Annual returns of the Patna Lunatic Asylum at Bankipore in Bihar and Orissa - 1912-1924
Year: 1912
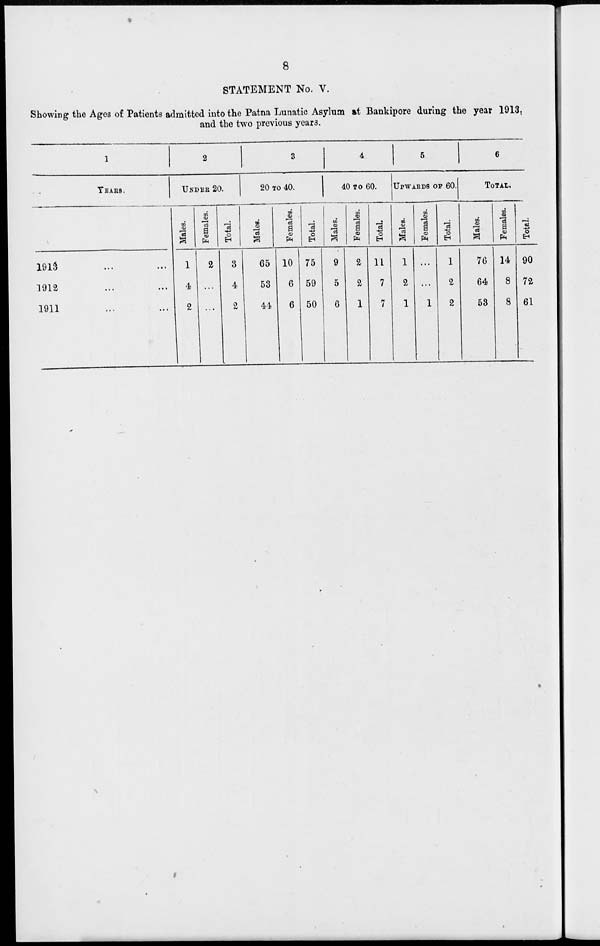
8
STATEMENT No. V.
Showing the Ages of Patients admitted into the Patna Lunatic Asylum at Bankipore during the year 1913.
and the two previous years.
1
YEARS.
1913 ...
1912 ...
1911 ...
2
UNDER 20.
Males.
1
4
2
Females.
2
...
...
Total.
3
4
2
3
20 TO 40.
Males.
65
53
44
Females.
10
6
6
Total.
75
59
50
4
40 TO 60.
Males.
9
5
6
Females.
2
2
1
Total.
11
7
7
5
UPWORDS OF 60.
Males.
1
2
1
Females.
...
...
1
Total.
1
2
2
6
TOTAL.
Males.
76
64
53
Females.
14
8
8
Total.
90
72
61